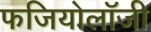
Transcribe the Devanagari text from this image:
फजियोलॉजी